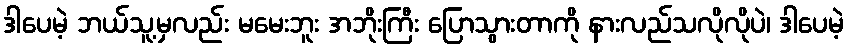
ဒါပေမဲ့ ဘယ်သူ့မှလည်း မမေးဘူး အဘိုးကြီး ပြောသွားတာကို နားလည်သလိုလိုပဲ၊ ဒါပေမဲ့